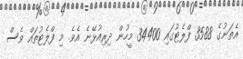
އެތަނުގެ 3588 ފްލެޓުގައި 34400 މީހުން ދިރިއުޅޭނެ އެވެ. މި ފްލެޓުތައް ވެސް